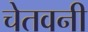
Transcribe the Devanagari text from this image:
चेतवनी